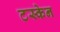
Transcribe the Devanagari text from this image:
टस्केन